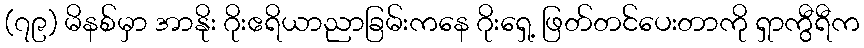
(၇၉) မိနစ်မှာ အာနိုး ဂိုးဧရိယာညာခြမ်းကနေ ဂိုးရှေ့ ဖြတ်တင်ပေးတာကို ရှာကွီရီက